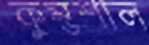
কুম্ভশাল